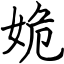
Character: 姽